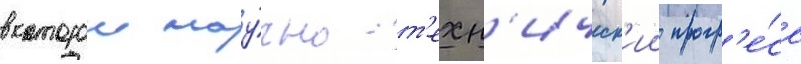
в которои нау́чно-т'ехн'ическ'ии прогр'е́сс